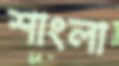
শাংলা